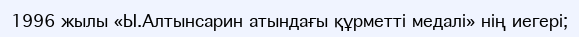
1996 жылы «Ы.Алтынсарин атындағы құрметті медалі» нің иегері;